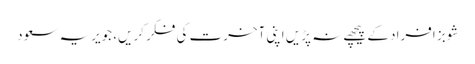
شوبز افراد کے پیچھے نہ پڑیں اپنی آخرت کی فکر کریں، جویریہ سعود